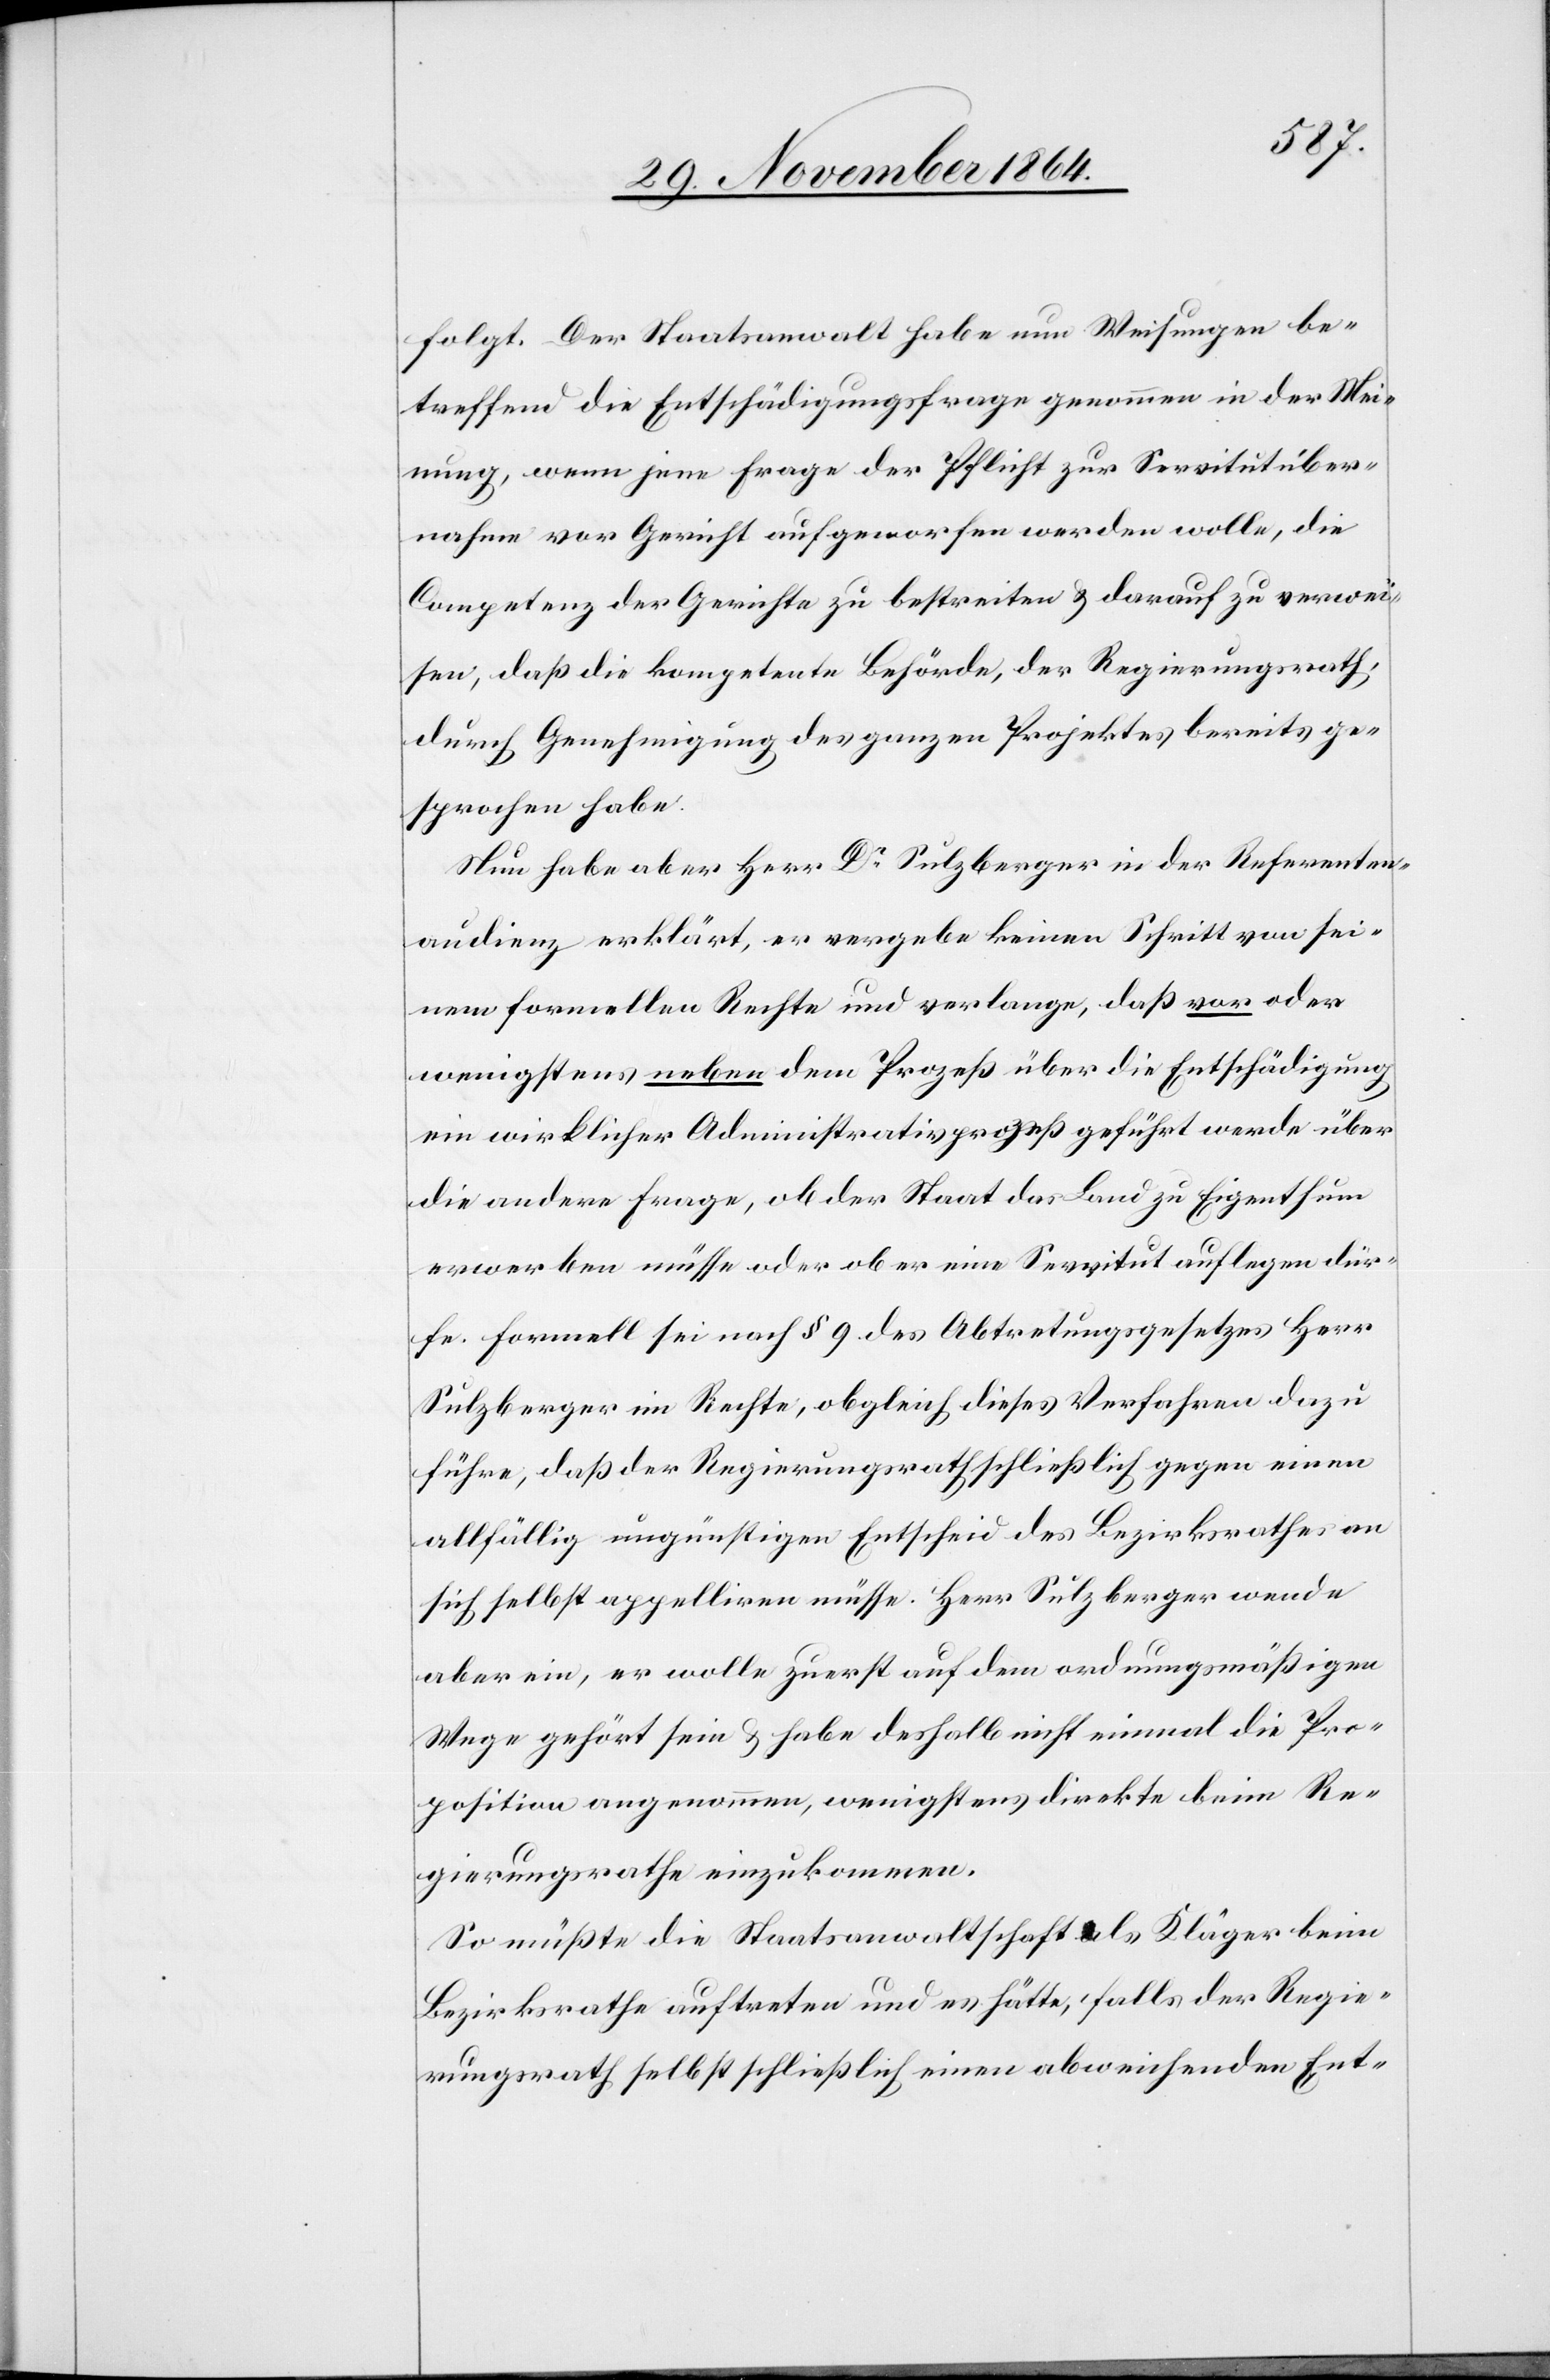
folgt. Der Staatsanwalt habe nun Weisungen be¬
treffend die Entschädigungsfrage genommen in der Mei¬
nung, wenn jene Frage der Pflicht zur Servitutüber¬
nahme vor Gericht aufgeworfen werden wolle, die
Competenz der Gerichte zu bestreiten & darauf zu verwei¬
sen, daß die kompetente Behörde, der Regierungsrath,
durch Genehmigung des ganzen Projektes bereits ge¬
sprochen habe.
Nun habe aber Herr Dr Sulzberger in der Referenten¬
audienz erklärt, er vergebe keinen Schritt von sei¬
nem formellen Rechte und verlange, daß vor oder
wenigstens neben dem Prozeß über die Entschädigung
ein wirklicher Administrationsprozeß geführt werde über
die andere Frage, ob der Staat das Land zu Eigenthum
erwerben müsse oder ob er eine Servitut auflegen dür¬
fe. Formell sei nach § 9 des Abtretungsgesetzes Herr
Sulzberger im Rechte, obgleich dieses Verfahren dazu
führe, daß der Regierungsrath schließlich gegen einen
allfällig ungünstigen Entscheid des Bezirksrathes an
sich selbst appelliren müsse. Herr Sulzberger wende
aber ein, er wolle zuerst auf dem ordnungsmäßigen
Wege gehört sein & habe deshalb nicht einmal die Pro¬
position angenommen, wenigstens direkte beim Re¬
gierungsrathe einzukommen.
So müßte die Staatsanwaltschaft als Kläger beim
Bezirksrathe auftreten und es hätte, falls der Regie¬
rungsrath selbst schließlich einen abweichenden Ent-